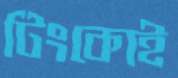
টিংকোই